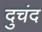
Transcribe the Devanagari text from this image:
दुचंद